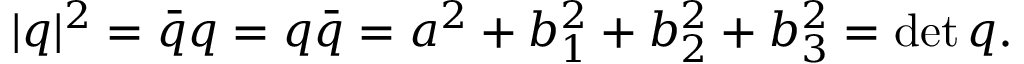
| q | ^ { 2 } = { \bar { q } } q = q { \bar { q } } = a ^ { 2 } + b _ { 1 } ^ { 2 } + b _ { 2 } ^ { 2 } + b _ { 3 } ^ { 2 } = \operatorname* { d e t } q .